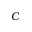
C